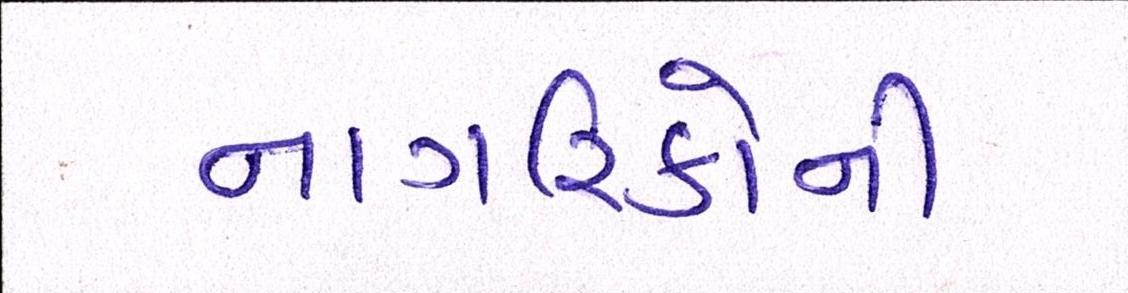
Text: નાગરિકોની